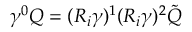
\gamma ^ { 0 } Q = ( R _ { i } \gamma ) ^ { 1 } ( R _ { i } \gamma ) ^ { 2 } \tilde { Q }